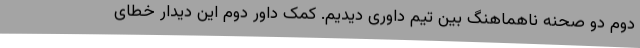
دوم دو صحنه ناهماهنگ بین تیم داوری دیدیم. کمک داور دوم این دیدار خطای